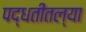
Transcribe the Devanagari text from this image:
पद्धतीतल्या